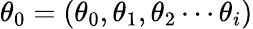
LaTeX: \theta_{0}=(\theta_{0},\theta_{1},\theta_{2}\cdots\theta_{i})